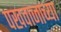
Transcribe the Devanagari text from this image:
पखवाजाच्या